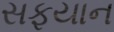
સફયાન